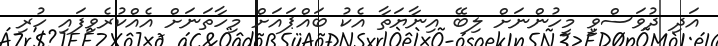
އަދި ދުވަސްވީ މީހުންނަށް ލިބޭ އިނާޔަތާ އެކު ބައްޕައަށް މިހާތަނަށް އެއްކުރެވިފައި ހުރި